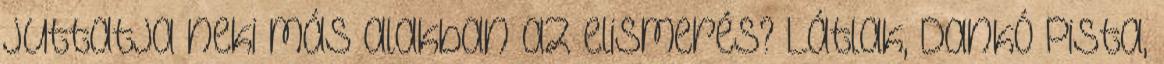
juttatja neki más alakban az elismerés? Látlak, Dankó Pista,